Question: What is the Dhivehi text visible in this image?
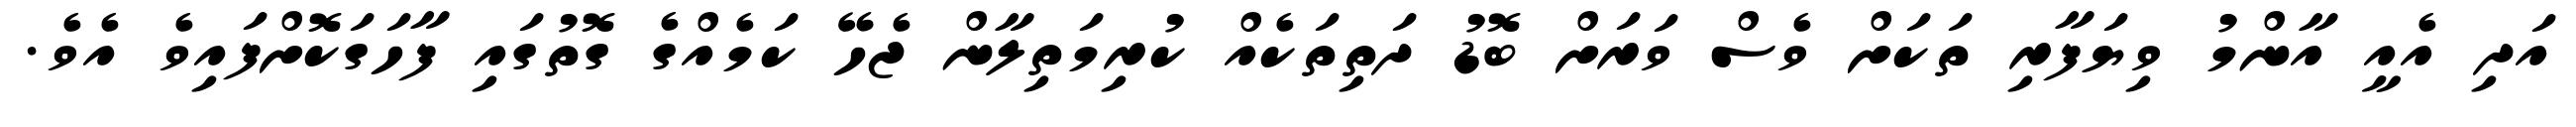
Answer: އަދި އެއީ އާންމު ވިޔަފާރި ތަކަށް ވެސް ވަރަށް ބޮޑު ދަތިތަކެއް ކުރިމަތިލާން ޖެހޭ ކަމެއްގެ ގޮތުގައި ފާހަގަކޮށްފައިވެ އެވެ.